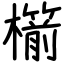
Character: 櫤